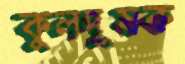
কুলদূষক